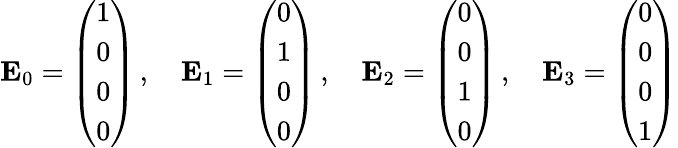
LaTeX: \mathbf{E}_{0}={\left(\begin{array}{l}{1}\\ {0}\\ {0}\\ {0}\end{array}\right)}\, ,\quad\mathbf{E}_{1}={\left(\begin{array}{l}{0}\\ {1}\\ {0}\\ {0}\end{array}\right)}\, ,\quad\mathbf{E}_{2}={\left(\begin{array}{l}{0}\\ {0}\\ {1}\\ {0}\end{array}\right)}\, ,\quad\mathbf{E}_{3}={\left(\begin{array}{l}{0}\\ {0}\\ {0}\\ {1}\end{array}\right)}